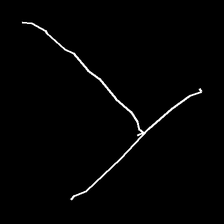
Glyph: column